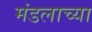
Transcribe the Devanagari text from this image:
मंडलाच्या